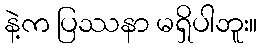
နဲ့က ပြဿနာ မရှိပါဘူး။